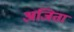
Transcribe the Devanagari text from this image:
अजिता